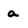
Character: a